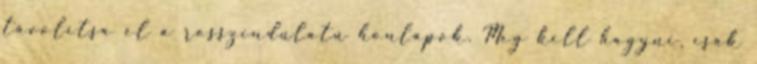
távolítsa el a rosszindulatú honlapok. Meg kell hagyni, csak